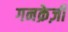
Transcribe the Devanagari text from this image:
गनक्रेज़ी